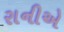
રાનીએ